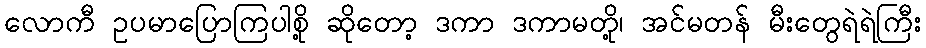
လောကီ ဥပမာပြောကြပါစို့ ဆိုတော့ ဒကာ ဒကာမတို့၊ အင်မတန် မီးတွေရဲရဲကြီး